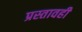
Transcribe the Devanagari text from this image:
प्रस्तावही